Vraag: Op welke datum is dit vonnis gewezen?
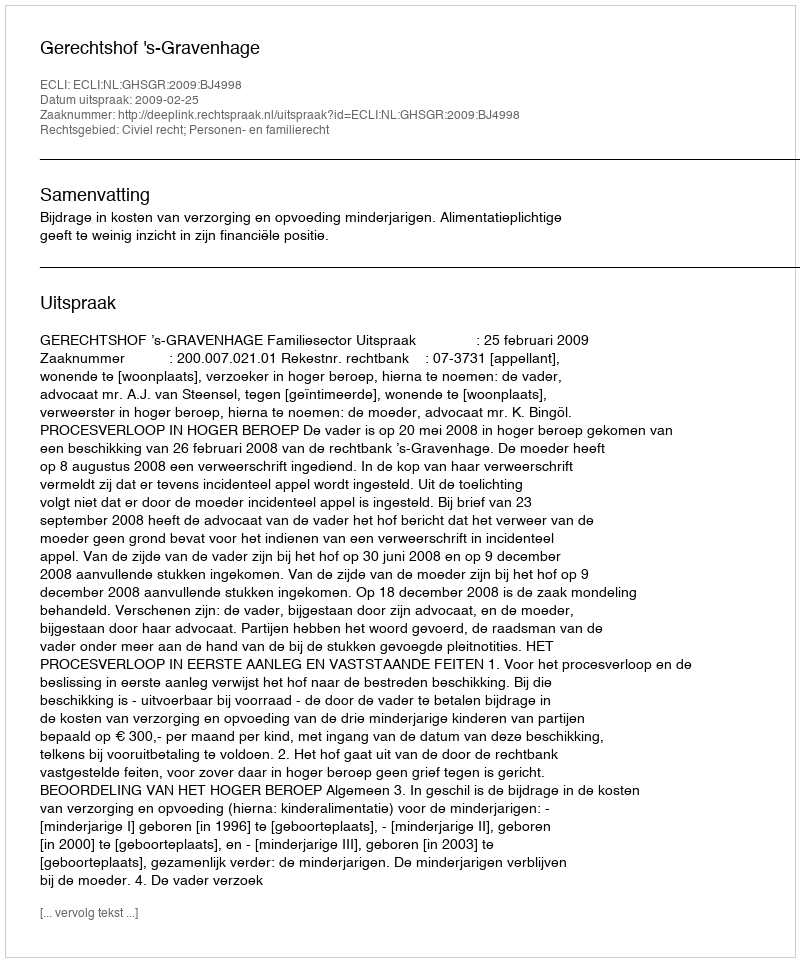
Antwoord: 2009-02-25